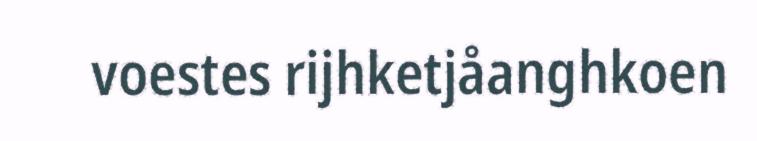
voestes rijhketjåanghkoen